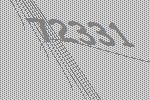
72331